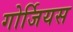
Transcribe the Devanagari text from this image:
गोर्जियस